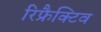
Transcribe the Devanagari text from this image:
रिफ्रैक्टिव